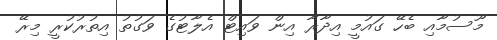
މޫސުމާއި ބެހޭ ގައުމީ އިދާރާ އިން ވައިޓް އެލާޓުގެ ވަގުތު އިތުރުކުރީ މިރޭ